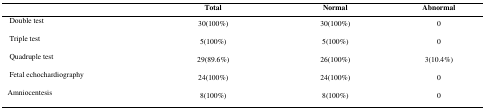
|  | Total | Normal | Abnormal |
 | --- | --- | --- | --- |
 | Double test | 30(100%) | 30(100%) | 0 |
 | Triple test | 5(100%) | 5(100%) | 0 |
 | Quadruple test | 29(89.6%) | 26(100%) | 3(10.4%) |
 | Fetal echochardiography | 24(100%) | 24(100%) | 0 |
 | Amniocentesis | 8(100%) | 8(100%) | 0 |